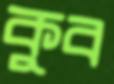
কুব